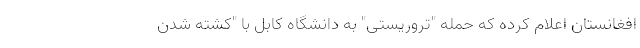
افغانستان اعلام کرده که حمله "تروریستی" به دانشگاه کابل با "کشته شدن